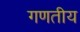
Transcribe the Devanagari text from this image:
गणतीय